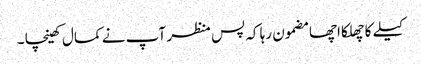
کیلے کا چھلکا اچھا مضمون رہا کہ پس منظر آپ نے کمال کھینچا ۔